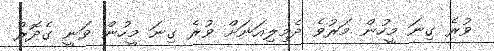
ވުރެ ގިނަ މީހުން މަރުވެ ދެމިލިއަނަށް ވުރެ ގިނަ މީހުން ވަނީ ގެދޮރު